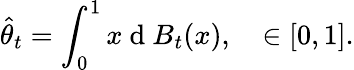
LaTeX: \widehat{\theta}_{t}=\int_{0}^{1}x\mathrm{~d~}B_{t}(x),\quad\in[0,1].